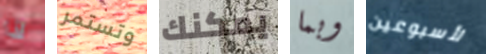
لذا وتستمر يمكنك وبما لأسبوعين